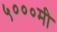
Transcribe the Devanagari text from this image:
५०००मी